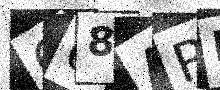
Text: O68ARK